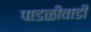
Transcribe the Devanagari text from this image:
पाडळीवाडी